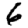
Digit: 6